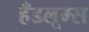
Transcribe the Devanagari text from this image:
हँडलूम्स